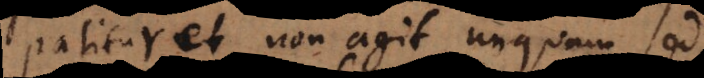
atitur et non agit unquam sed